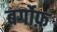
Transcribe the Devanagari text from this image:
बर्गोफ़